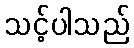
သင့်ပါသည်